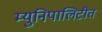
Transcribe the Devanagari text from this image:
म्युनिपालिटीत